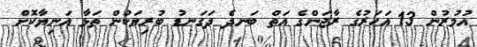
އުމުރުން 13 އަހަރުގެ ރާޖަންގެ އަތް ބަނދެ ދަގަނޑު ބުރިޔަކުން ތަޅާ އަނިޔާކޮށް